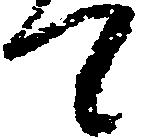
て